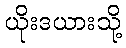
ယိုးဒယားသို့